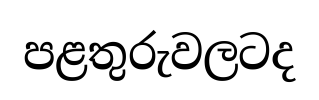
පළතුරුවලටද